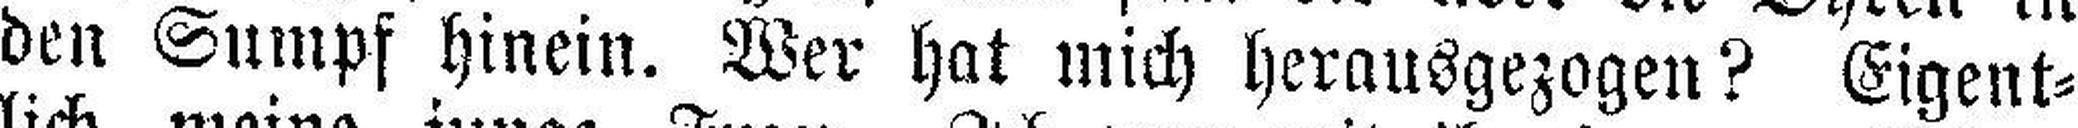
den Sumpf hinein. Wer hat mich herausgezogen? Eigent¬